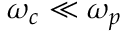
\omega _ { c } \ll \omega _ { p }